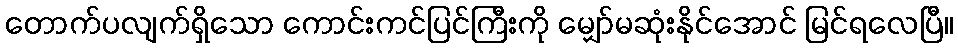
တောက်ပလျက်ရှိသော ကောင်းကင်ပြင်ကြီးကို မျှော်မဆုံးနိုင်အောင် မြင်ရလေပြီ။